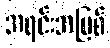
အရင်းအမြစ်